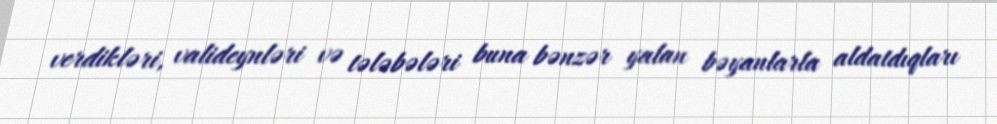
verdikləri, valideynləri və tələbələri buna bənzər yalan bəyanlarla aldatdıqları